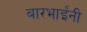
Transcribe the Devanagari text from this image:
बारभाईंनी